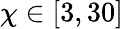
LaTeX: \chi\in[3,30]